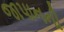
જાપાનની